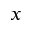
_ { x }